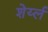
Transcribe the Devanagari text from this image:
शेर्य्ल